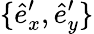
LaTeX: \{ \hat{e}_{x}^{\prime},\hat{e}_{y}^{\prime}\}